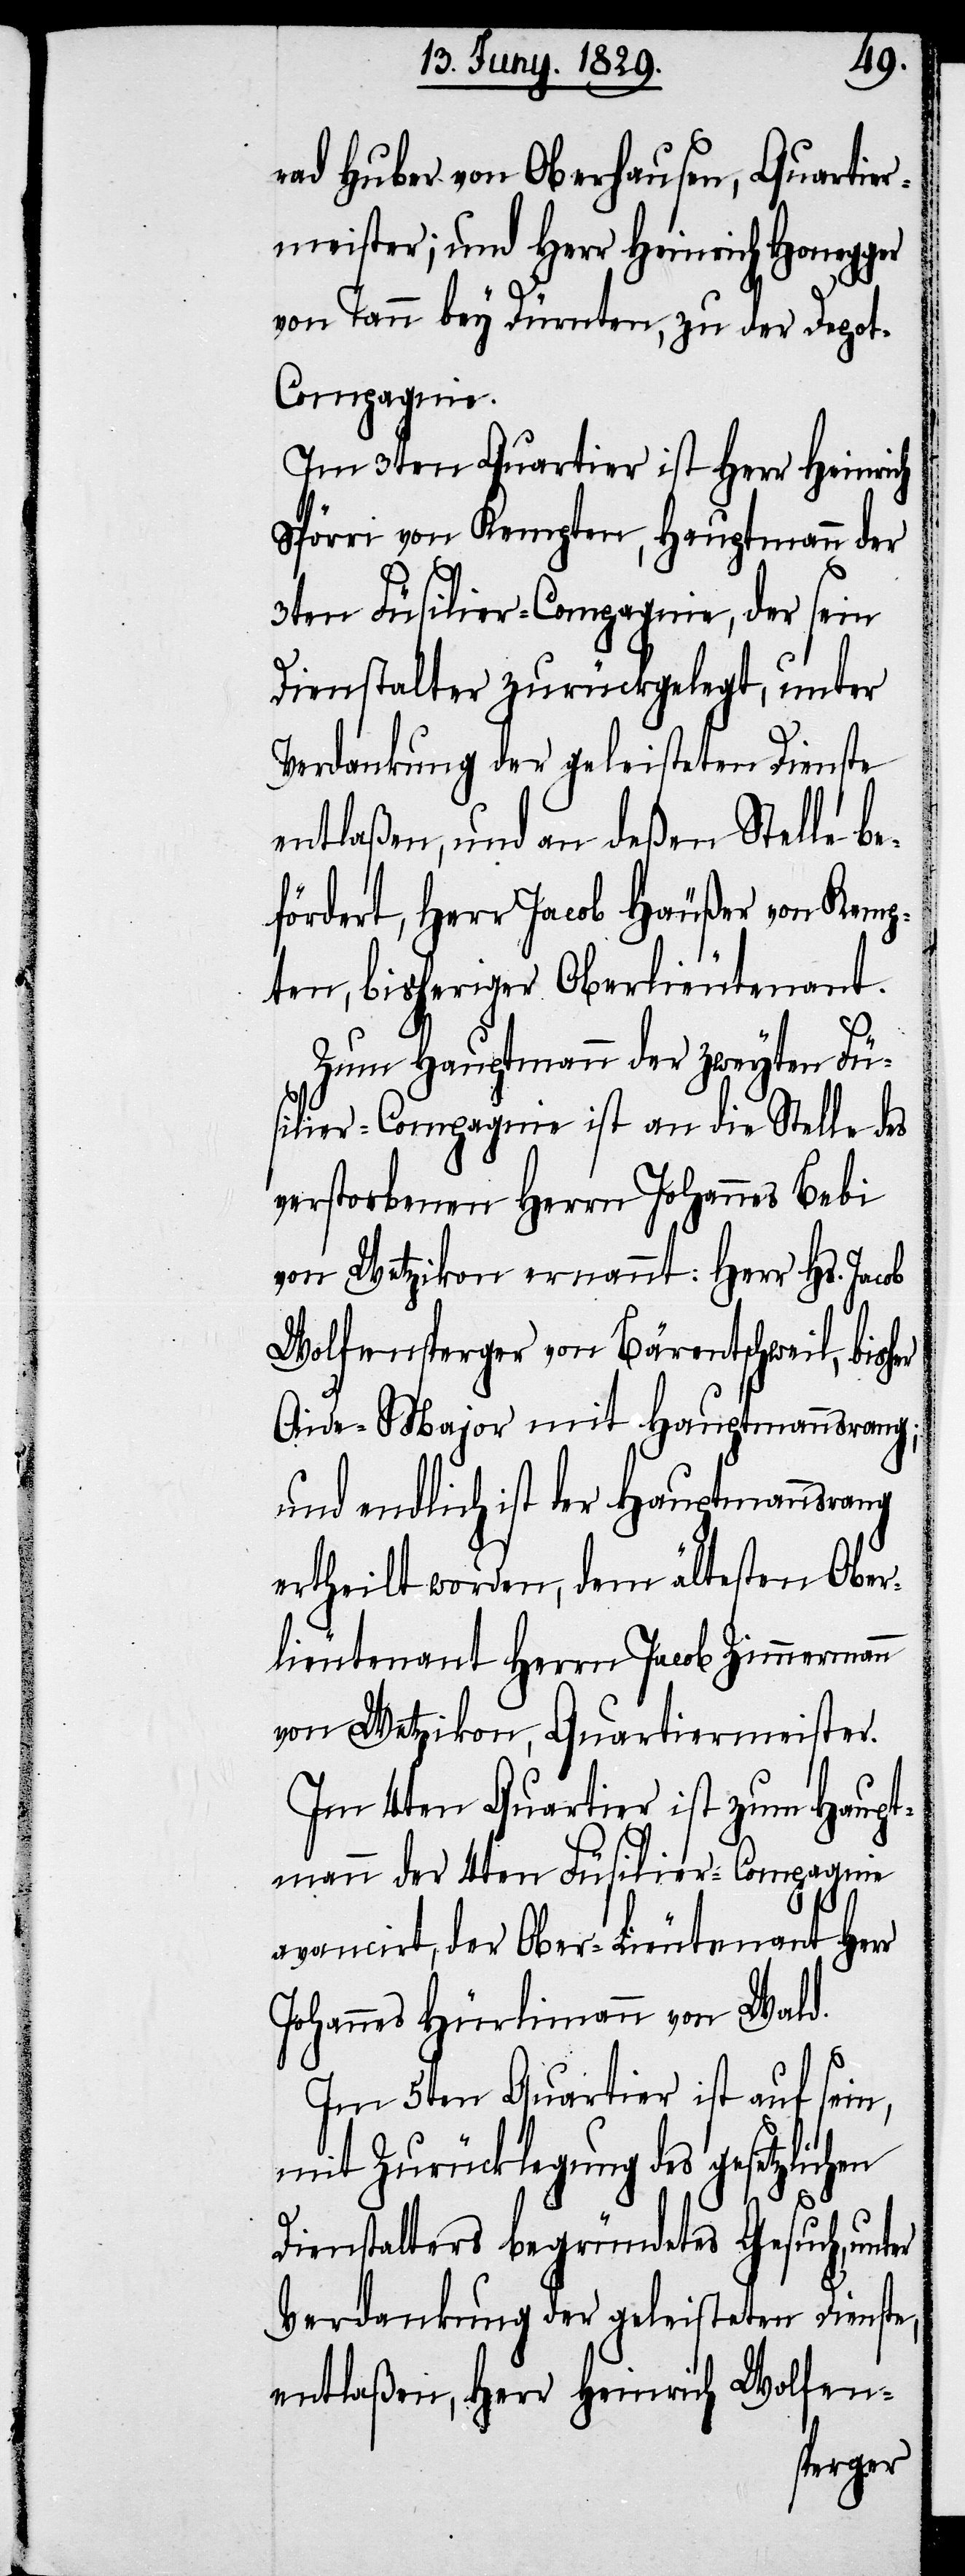
rad Huber von Oberhausen, Quartier¬
meister; und Herr Heinrich Honegger
von Tann bey Dürnten, zu der Depo¬
t-Compagnie.
Im 3ten Quartier ist Herr Heinrich
Spörri von Kempten, Hauptmann der
3ten Füsilier-Compagnie, der sein
Dienstalter zurückgelegt, unter
Verdankung der geleisteten Dienste
entlaßen, und an deßen Stelle be¬
fördert, Herr Jacob Häußer von Kemp¬
ten, bisheriger Oberlieutenant.
Zum Hauptmann der zweyten Fü¬
silier-Compagnie ist an die Stelle des
verstorbenen Herrn Johannes Bebi
von Wetzikon ernannt: Herrn Hs. Jacob
Wolfensperger von Bärentschweil, bis¬
Aide-Major mit Hauptmannsrang;
und endlich ist der Hauptmannsrang
ertheilt worden, dem ältesten Ober¬
lieutenant Herrn Jacob Zimmermann
von Wetzikon, Quartiermeister.
Im 4ten Quartier ist zum Haupt¬
mann der 4ten Füsilier-Compagnie
avancirt, der Ober-Lieutenant Herr
Johannes Hürlimann von Wald.
Im 5ten Quartier ist auf sein,
mit Zurücklegung des gesetzlichen
Dienstalters begründetes Gesuch, un¬
Verdankung der geleisteten Dienste,
entlaßen, Herrn Heinrich Wolfen-
ter